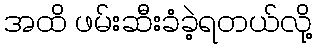
အထိ ဖမ်းဆီးခံခဲ့ရတယ်လို့